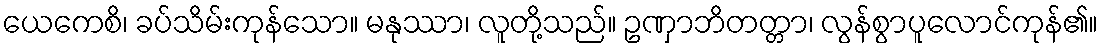
ယေကေစိ၊ ခပ်သိမ်းကုန်သော။ မနုဿာ၊ လူတို့သည်။ ဥဏှာဘိတတ္တာ၊ လွန်စွာပူလောင်ကုန်၏။